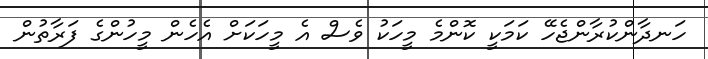
ހަނދާންކުރާންޖެހޭ ކަމަކީ ކޮންމެ މީހަކު ވެސް އެ މީހަކަށް އެހެން މީހުންގެ ފަރާތުން